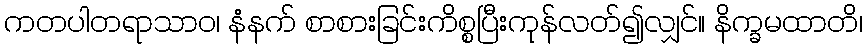
ကတပါတရာသာဝ၊ နံနက် စာစားခြင်းကိစ္စပြီးကုန်လတ်၍လျှင်။ နိက္ခမထာတိ၊